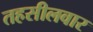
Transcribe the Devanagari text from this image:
तहसीलवार